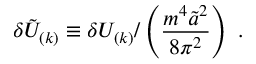
\delta { \tilde { \cal U } } _ { ( k ) } \equiv \delta { \cal U } _ { ( k ) } / \left( \frac { m ^ { 4 } { \tilde { a } } ^ { 2 } } { 8 \pi ^ { 2 } } \right) \ .